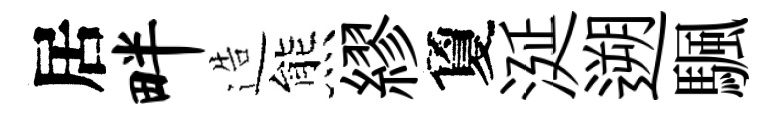
居畔造熊繆夐涎遡颿